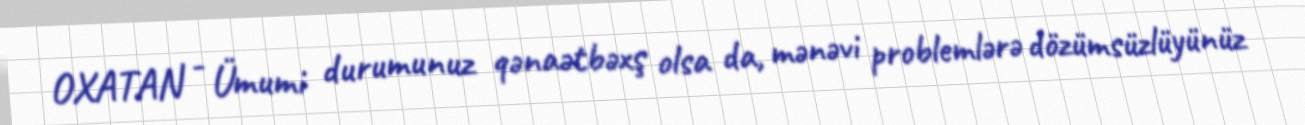
OXATAN - Ümumi durumunuz qənaətbəxş olsa da, mənəvi problemlərə dözümsüzlüyünüz